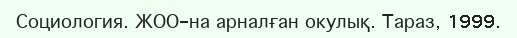
Социология. ЖОО-на арналған окулық. Тараз, 1999.